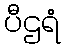
ပီဌရံ